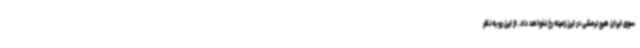
سوی ایران هیچ نرمشی در این زمینه رخ نخواهد داد. از این رو به نظر